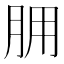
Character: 𦙸